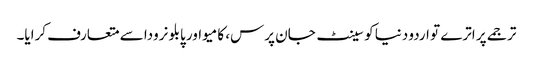
ترجمے پر اترے تو اردو دنیا کو سینٹ جان پرس، کامیو اور پابلو نرودا سے متعارف کرایا۔